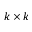
k \times k